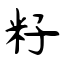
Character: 籽